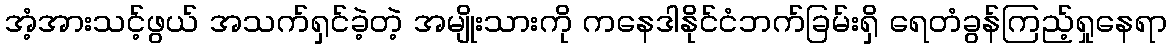
အံ့အားသင့်ဖွယ် အသက်ရှင်ခဲ့တဲ့ အမျိုးသားကို ကနေဒါနိုင်ငံဘက်ခြမ်းရှိ ရေတံခွန်ကြည့်ရှုနေရာ